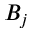
B _ { j }